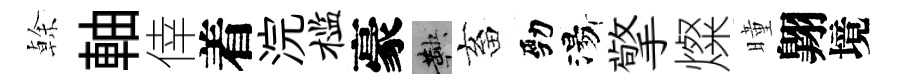
𠏉軸倖着浣槛豪鞅畜勁湯擎燦曈翺境